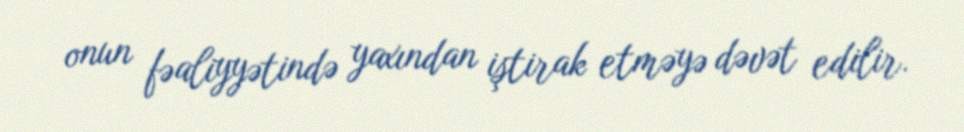
onun fəaliyyətində yaxından iştirak etməyə dəvət edilir.